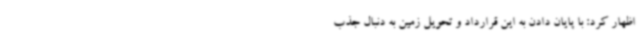
اظهار کرد: با پایان دادن به این قرارداد و تحویل زمین به دنبال جذب